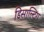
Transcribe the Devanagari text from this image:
डिसाल्टिंग